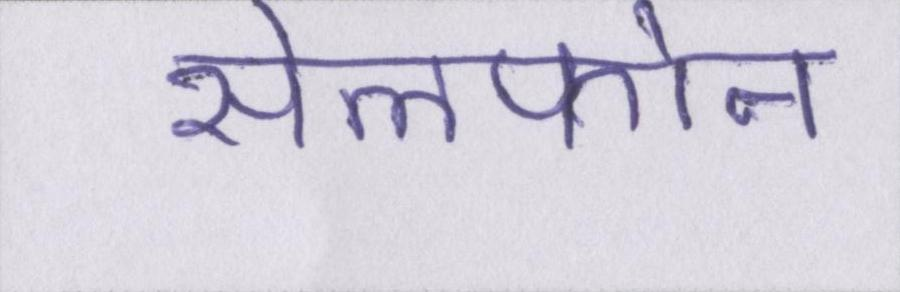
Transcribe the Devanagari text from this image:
सेलफोन